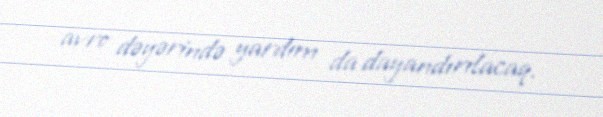
avro dəyərində yardım da dayandırılacaq.